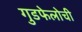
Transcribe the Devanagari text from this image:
गुडफेलोची